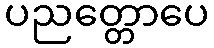
ပညတ္တောပေ